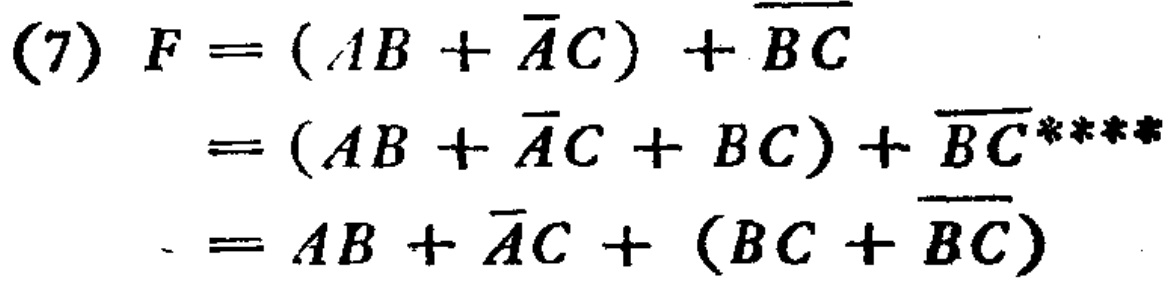
\[

\begin{align*}

(7)F&=(AB + \overline{A}C)+\overline{BC}\\

&=(AB + \overline{A}C + BC)+\overline{BC}****\\

&=AB + \overline{A}C+(BC + \overline{BC})

\end{align*}

\]